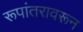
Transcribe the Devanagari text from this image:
रूपांतरावरून